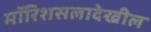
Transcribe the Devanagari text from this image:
मॉरिशसलादेखील